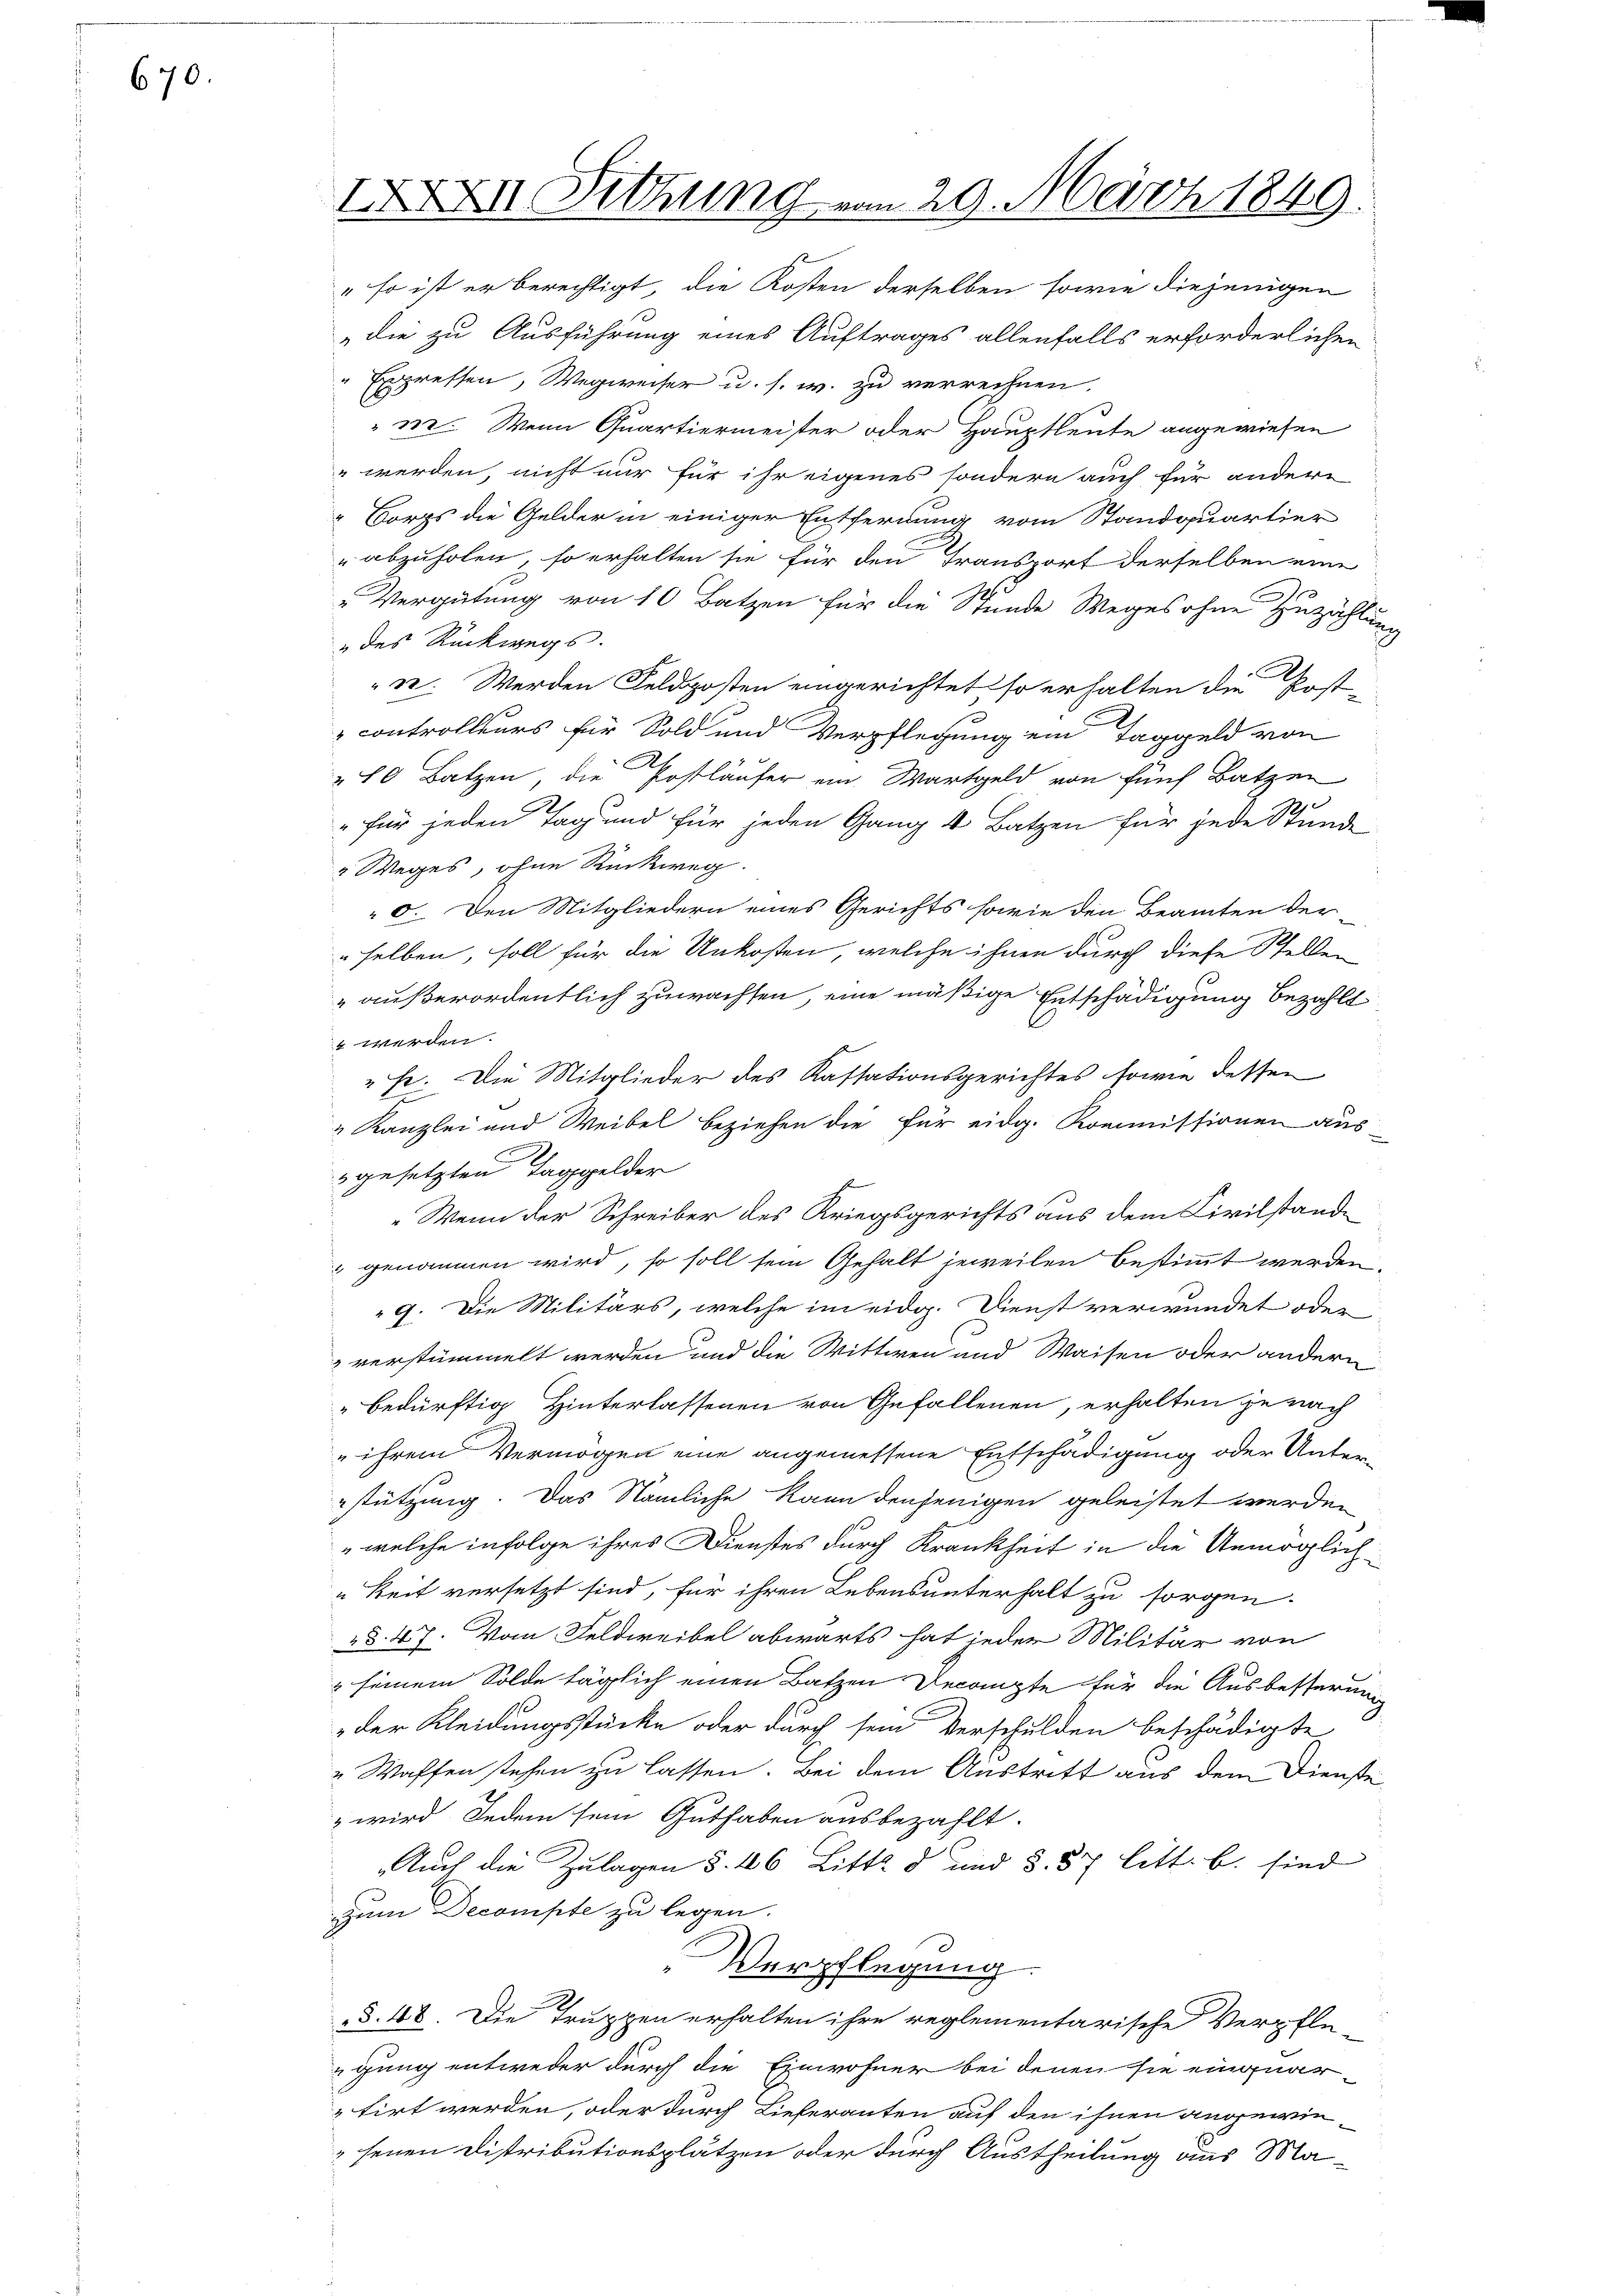
670.

IXXXII Sitzung von 20. März 1849.

" so ist er berechtigt, die Kosten derselben sowie diejenigen
die zu Ausführung eines Auftrages allenfalls erforderlichen
" Expressen, Wegweiser u. s. w. zu verrechnen.
" 132. Wenn Quartiermeister oder Hauptleute angewiesen
 werden, nicht nur für ihr eigenes sondern auch für andere
Corps die Gelder in einiger Entfernung vom Standquartier
 abzuholen, so erhalten sie für den Transport derselben eine
„Vergütung von 10 Batzen für die Stunde Weges ohne Zuzählung
" des Rückwegs.
33. Werden Feldposten eingerichtet so erhalten die Post-
controlleurs für Sold und Verpflegung ein Taggeld von
 70 Batzen, die Postläufer ein Wartgeld von fünf Batzen
e
" für jeden Tag und für jeden Gang 4 Batzen für jede Stunde
" Weges, ohne Rückweg.
0. Den Mitgliedern eines Gerichts sowie den Beamten der-
selben, soll für die Unkosten, welche ihnen durch diese Stellen
außerordentlich zuwachten, eine mäßige Entschädigung bezahlt
 werden.
" Fr. Die Mitglieder des Kassationsgerichtes, sowie dessen
" Kanzlei und Weibel beziehen die für eidg. Kommissionen ausgesetzten Taggelder
„Wenn der Schreiber des Kriegsgerichts aus dem Civilstande
 genommen wird, so soll sein Gehalt jeweilen bestimmt werden.
 7. Die Militärs, welche im eidg. Dienst verwundet oder
verstümmelt werden und die Wittwen und Waisen oder andern
bedürftig Hinterlassenen von Gefallenen, erhalten je nach
 ihrem Vermögen eine angemessene Entschädigung oder Unterstützung. Das Nämliche kann denjenigen geleistet werden
„welche infolge ihres Dienstes durch Krankheit in die Unmöglich
keit versetzt sind, für ihren Lebensunterhalt zu sorgen.
§. 47. Vom Feldweibel abwärts hat jeder Militär von
& seinem Solde täglich einen Batzen Decangte für die Ausbesserung
der Kleidungsstücke oder durch sein Verschulden beschädigte
„Waffen stehen zu lassen. Bei dem Austritt aus dem Dienste
 wird jedem sein Guthaben ausbezahlt.
Auch die Zulagen §. 46 Litt. d und §. 37 litt. b. sind
zum Decompte zu legen.
Verpflegung
§. 48. Die Truppen erhalten ihre reglementarische Verpfleigung entweder durch die Einwohner bei denen sie einquartirt werden, oder durch Lieferanten auf den ihnen angewie¬
"senen Distributionsplätzen oder durch Austheilung des Ma¬